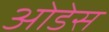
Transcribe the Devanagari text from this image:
ओडेस